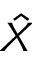
\hat { X }